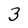
Character: 3